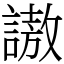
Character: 謸